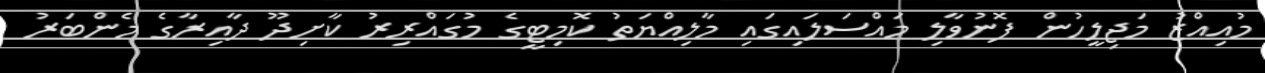
މުއިއްޒު މަޖިލީހުން ފޮނުވާލި މައްސަލައިގައި މާލިއްޔަތު ކޮމިޓީގެ މުގައްރިރު ކާށިދޫ ދާއިރާގެ މެންބަރު